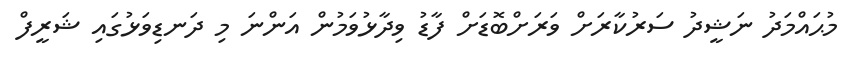
މުޙައްމަދު ނަޝީދު ސަރުކާރަށް ވަރަށްބޮޑަށް ފާޑު ވިދާޅުވަމުން އަންނަ މި ދަނޑިވަޅުގައި ޝަރީފް